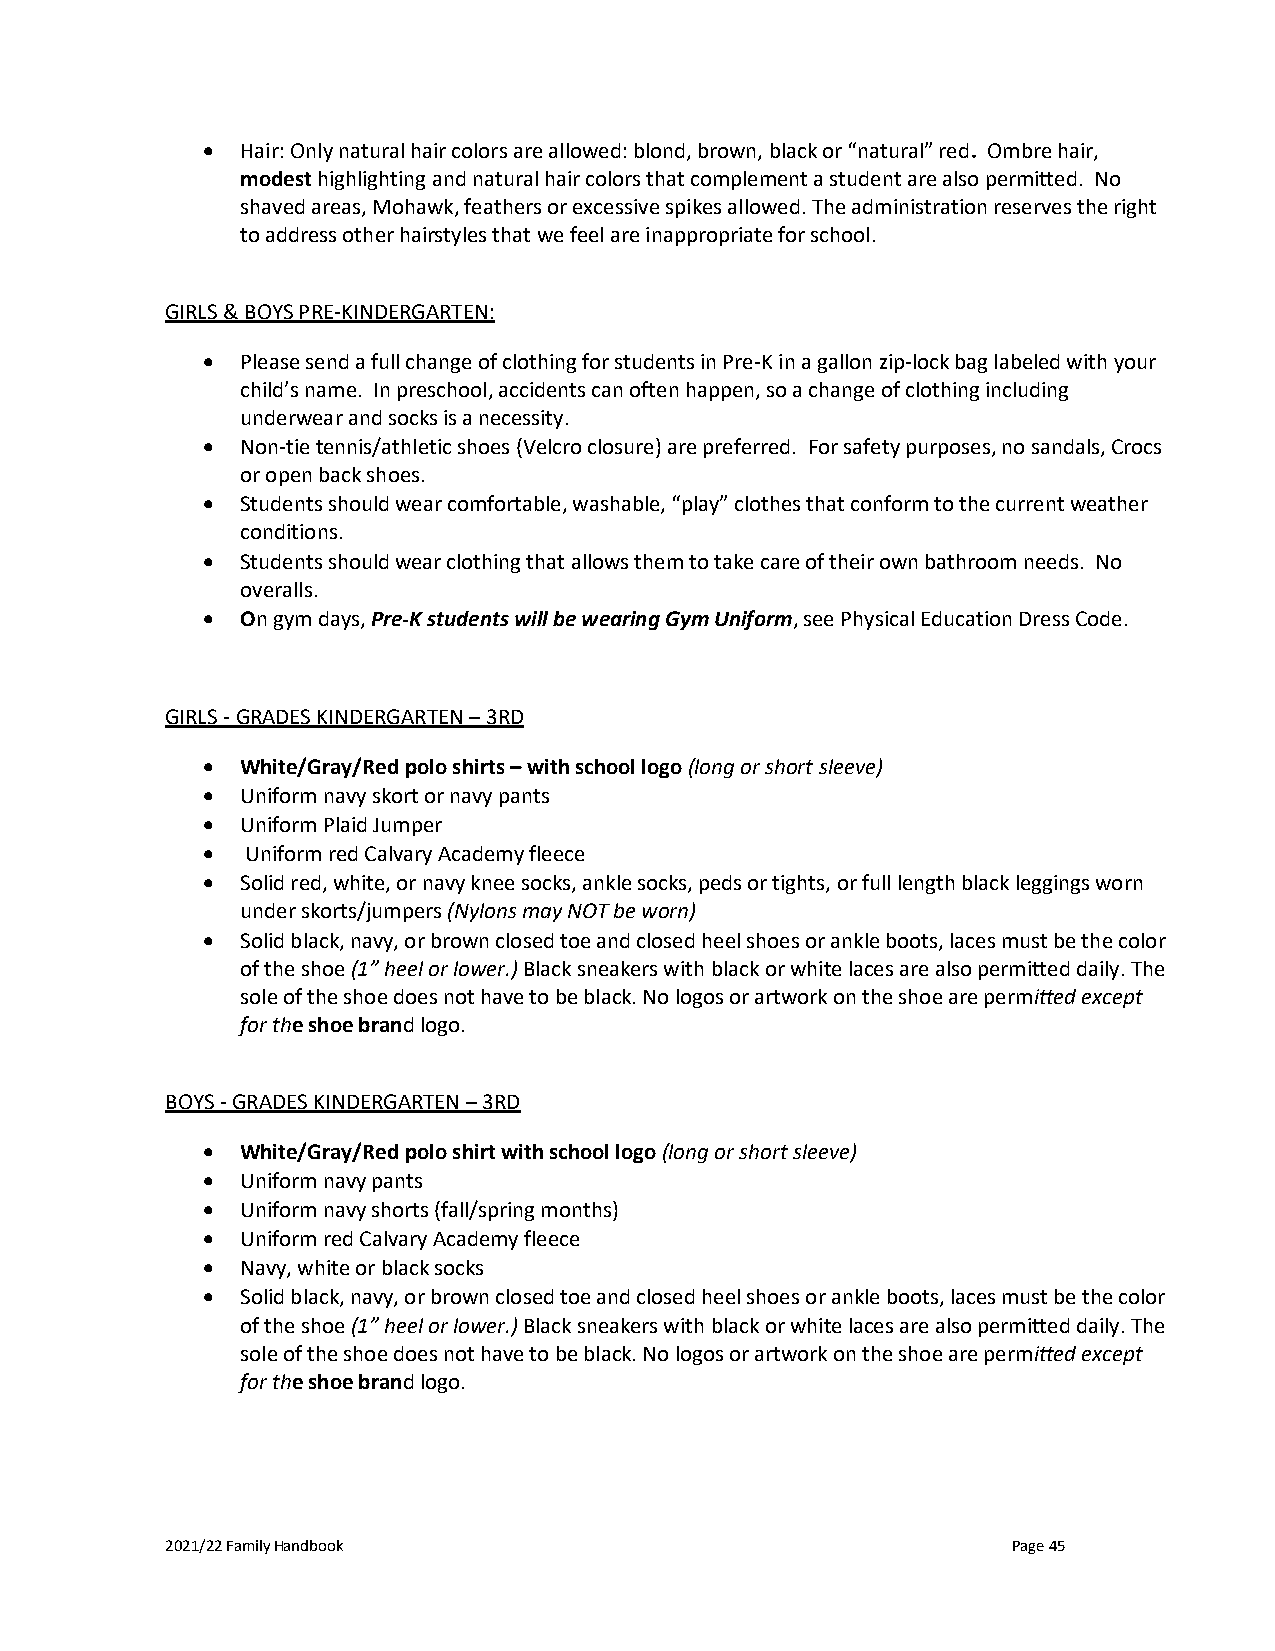
•  Hair: Only natural hair colors are allowed: blond, brown, black or “natural” red. Ombre hair,
 modest highlighting and natural hair colors that complement a student are also permitted. No
 shaved areas, Mohawk, feathers or excessive spikes allowed. The administration reserves the right
 to address other hairstyles that we feel are inappropriate for school.
 GIRLS & BOYS PRE-KINDERGARTEN:
 •  Please send a full change of clothing for students in Pre-K in a gallon zip-lock bag labeled with your
 child’s name. In preschool, accidents can often happen, so a change of clothing including
 underwear and socks is a necessity.
 •  Non-tie tennis/athletic shoes (Velcro closure) are preferred. For safety purposes, no sandals, Crocs
 or open back shoes.
 •  Students should wear comfortable, washable, “play” clothes that conform to the current weather
 conditions.
 •  Students should wear clothing that allows them to take care of their own bathroom needs. No
 overalls.
 •  On gym days, Pre-K students will be wearing Gym Uniform, see Physical Education Dress Code.
 GIRLS - GRADES KINDERGARTEN – 3RD
 •  White/Gray/Red polo shirts – with school logo (long or short sleeve)
 •  Uniform navy skort or navy pants
 •  Uniform Plaid Jumper
 •  Uniform red Calvary Academy fleece
 •  Solid red, white, or navy knee socks, ankle socks, peds or tights, or full length black leggings worn
 under skorts/jumpers (Nylons may NOT be worn)
 •  Solid black, navy, or brown closed toe and closed heel shoes or ankle boots, laces must be the color
 of the shoe (1” heel or lower.) Black sneakers with black or white laces are also permitted daily. The
 sole of the shoe does not have to be black. No logos or artwork on the shoe are permitted except
 for the shoe brand logo.
 BOYS - GRADES KINDERGARTEN – 3RD
 •  White/Gray/Red polo shirt with school logo (long or short sleeve)
 •  Uniform navy pants
 •  Uniform navy shorts (fall/spring months)
 •  Uniform red Calvary Academy fleece
 •  Navy, white or black socks
 •  Solid black, navy, or brown closed toe and closed heel shoes or ankle boots, laces must be the color
 of the shoe (1” heel or lower.) Black sneakers with black or white laces are also permitted daily. The
 sole of the shoe does not have to be black. No logos or artwork on the shoe are permitted except
 for the shoe brand logo.
 2021/22 Family Handbook                                 Page 45